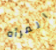
المرأه